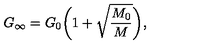
G _ { \infty } = G _ { 0 } \biggl ( 1 + \sqrt { \frac { M _ { 0 } } { M } } \biggr ) ,